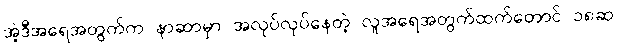
အဲ့ဒီအရေအတွက်က နာဆာမှာ အလုပ်လုပ်နေတဲ့ လူအရေအတွက်ထက်တောင် ၁၈ဆ